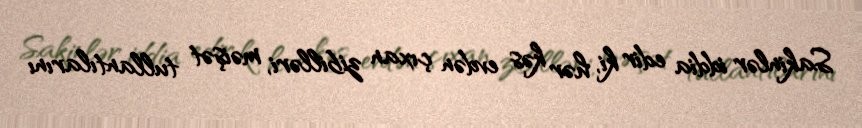
Sakinlər iddia edir ki, hər kəs evdən çıxan zibilləri, məişət tullantılarını